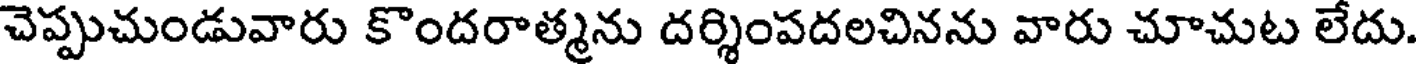
చెప్పుచుండువారు కొందరాత్మను దర్శింపదలచినను వారు చూచుట లేదు.